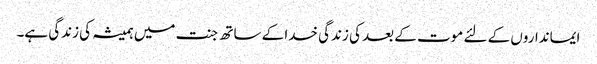
ایمانداروں کے لئے موت کے بعد کی زندگی خدا کے ساتھ جنت میں ہمیشہ کی زندگی ہے۔